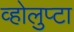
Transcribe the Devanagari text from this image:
व्होलुप्टा